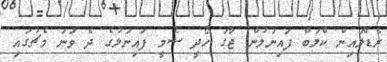
ރެޑްލައިން ކްލަބް ފައިނަލުން ޖާގަ ހޯދީ ސެމީ ފައިނަލުގެ ދެ ވަނަ މެޗުގައި